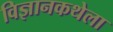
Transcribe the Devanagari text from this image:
विज्ञानकथेला